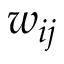
w _ { i j }